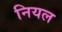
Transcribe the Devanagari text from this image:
नियल